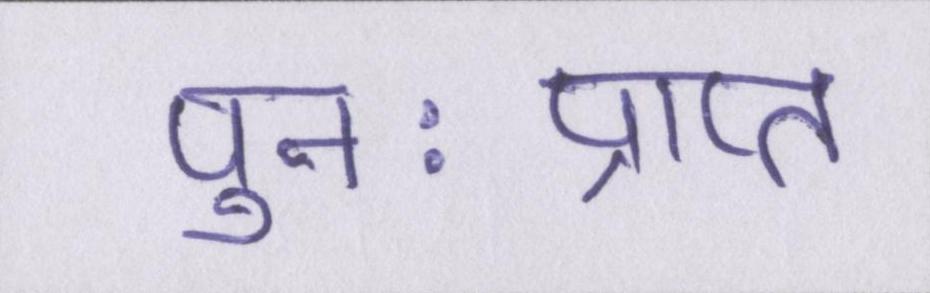
पुनःप्राप्त